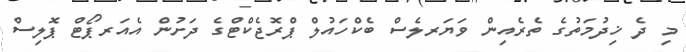
މި ދެ ޚިދުމަތުގެ ތެރެއިން ވަޔަރލެސް ބެކްހައުލް ޕްރޮޖެކްޓްގެ ދަށުން އެއަރޕޯޓް ޕޮލިސް